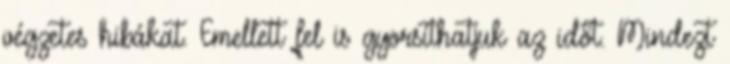
végzetes hibákat. Emellett fel is gyorsíthatjuk az időt. Mindezt